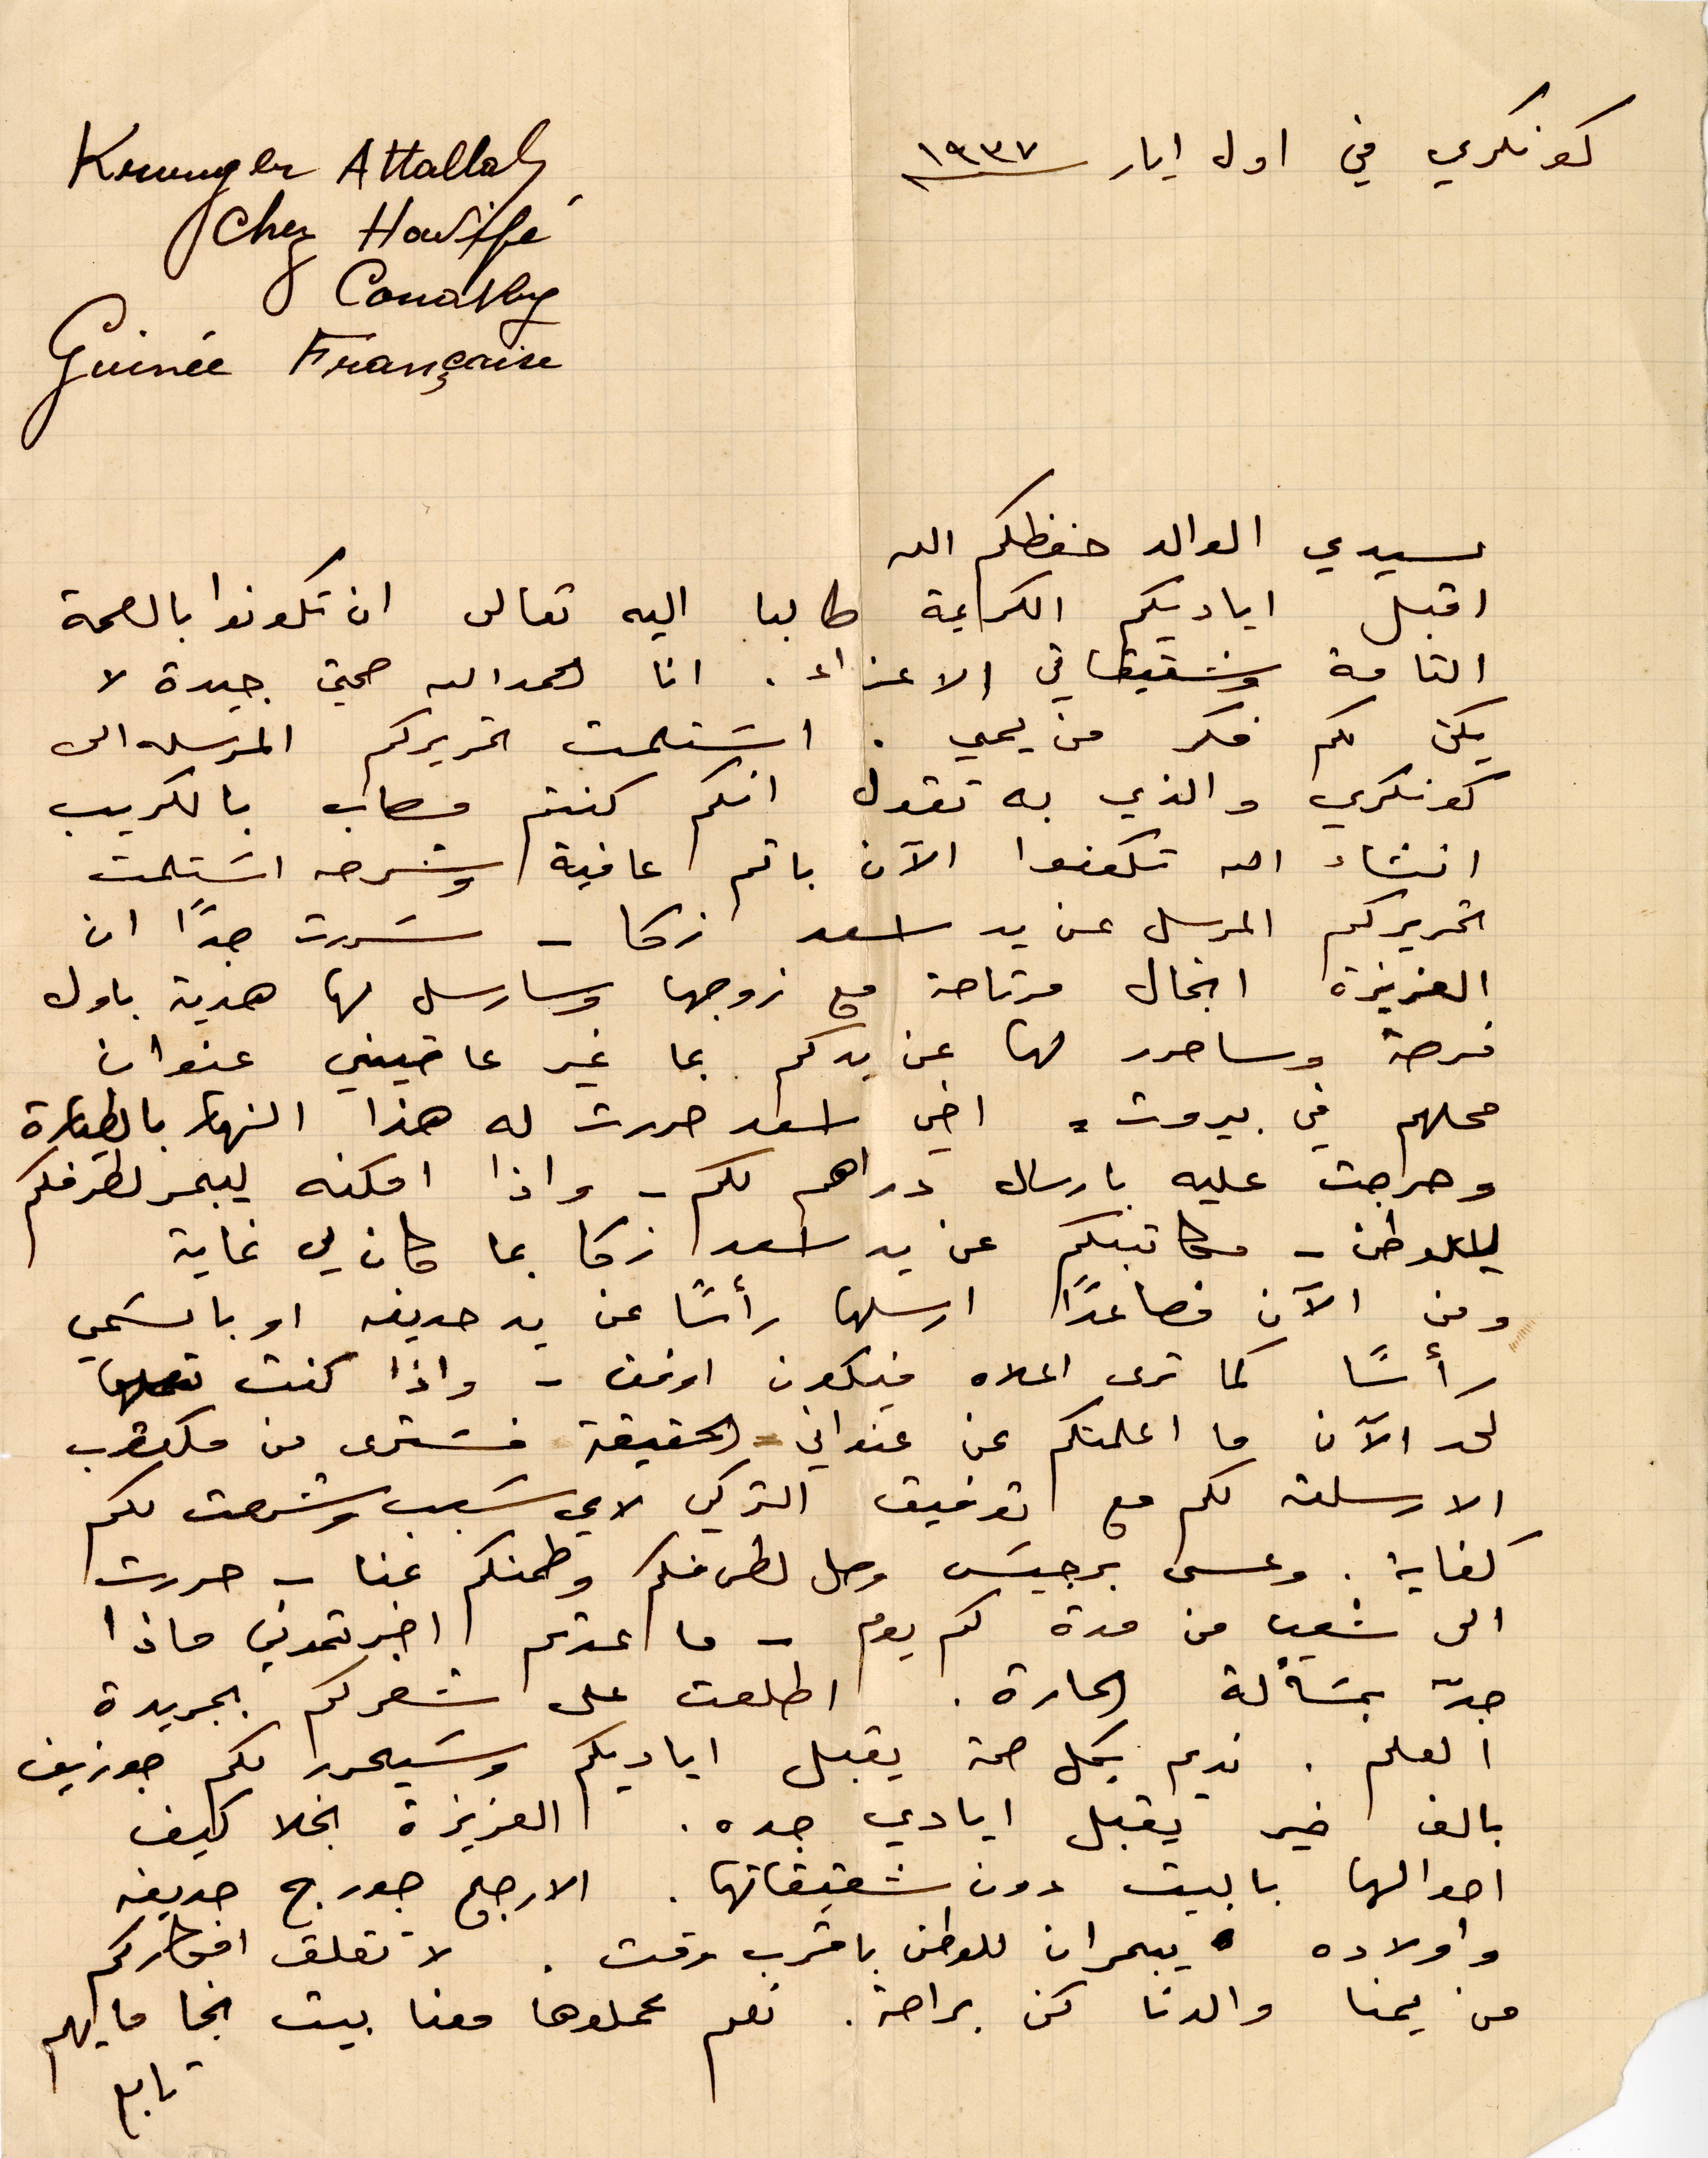
كونكري في أول أيار ١۹۳٧
لسيدي الوالد حفظكم الله
اقبل اياديكم الكريمة طالبا اليه تعالى ان تكونوا بالصحة
التامة وشقيقاتي الأعزاء. انا الحمدالله صحتي جيدة لا
يكن لكن فكر من يمي. استلمت تحريركم المرسله الي
كونكري والذي به تقول انكم كنتم مصاب بالكريب
انشاء الله تكونوا الآن باتم عافية وشرحه استلمت
تحريركم المرسل عن يد اسعد زكا - سررت جدًا ان
العزيزة انجال مرتاحة مع زوجها وسارسل لها هدية بأول
فرصة وسأحرر لها عن يدكم بما غير عاتيتني عنوان
محلهم في بيروت. اخي اسعد حررت له هذا النهار بالطيارة
وحراجت عليه بارسال دراهم لكم - واذا امكنه ايبحر لطرفكم
للوطن - مكاتبكم عن يد اسعد زكا بما كان لي غاية
ومن الآن فصاعدًا أرسلها رأسًا عن يد حديفه او باسمي
رأسًا كما ترى أعلاه فيكون اوفق - واذا كنت
لحد الآن ما اعلمتكم عن عنواني الحقيقة فسترى من مكتوب
 الارسلته مع توفيق التركي لاي سبب وشرحت لكم
كفاية. وعسى برجيس وصل لكم منكم وطمنكم عنا - حررت
الى شعر من مدة كم يوم - ما اعدتم اخبرتموني ماذا
جدّ بمسألة الحارة. اطلعت على شعركم الجريدة
العلم. ندعم بكل صحة اياديكم وسيحرر لكم جوزيف
بالف خير يقبل ايادي جده. العزيزة نجلا كيف
احوالها بالبيت دون شقيقاتها. الأرجح جورج حديفه
وأولاده يبحران للوطن باقرب وقت. لا تقلق افكاركم
من يمنا والدنا كن براحة. نعم عملوها معنا بيت نجا ما يهم